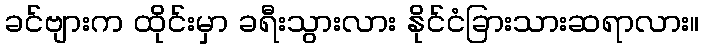
ခင်ဗျားက ထိုင်းမှာ ခရီးသွားလား နိုင်ငံခြားသားဆရာလား။